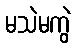
မသဲမကွဲ